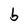
Character: b